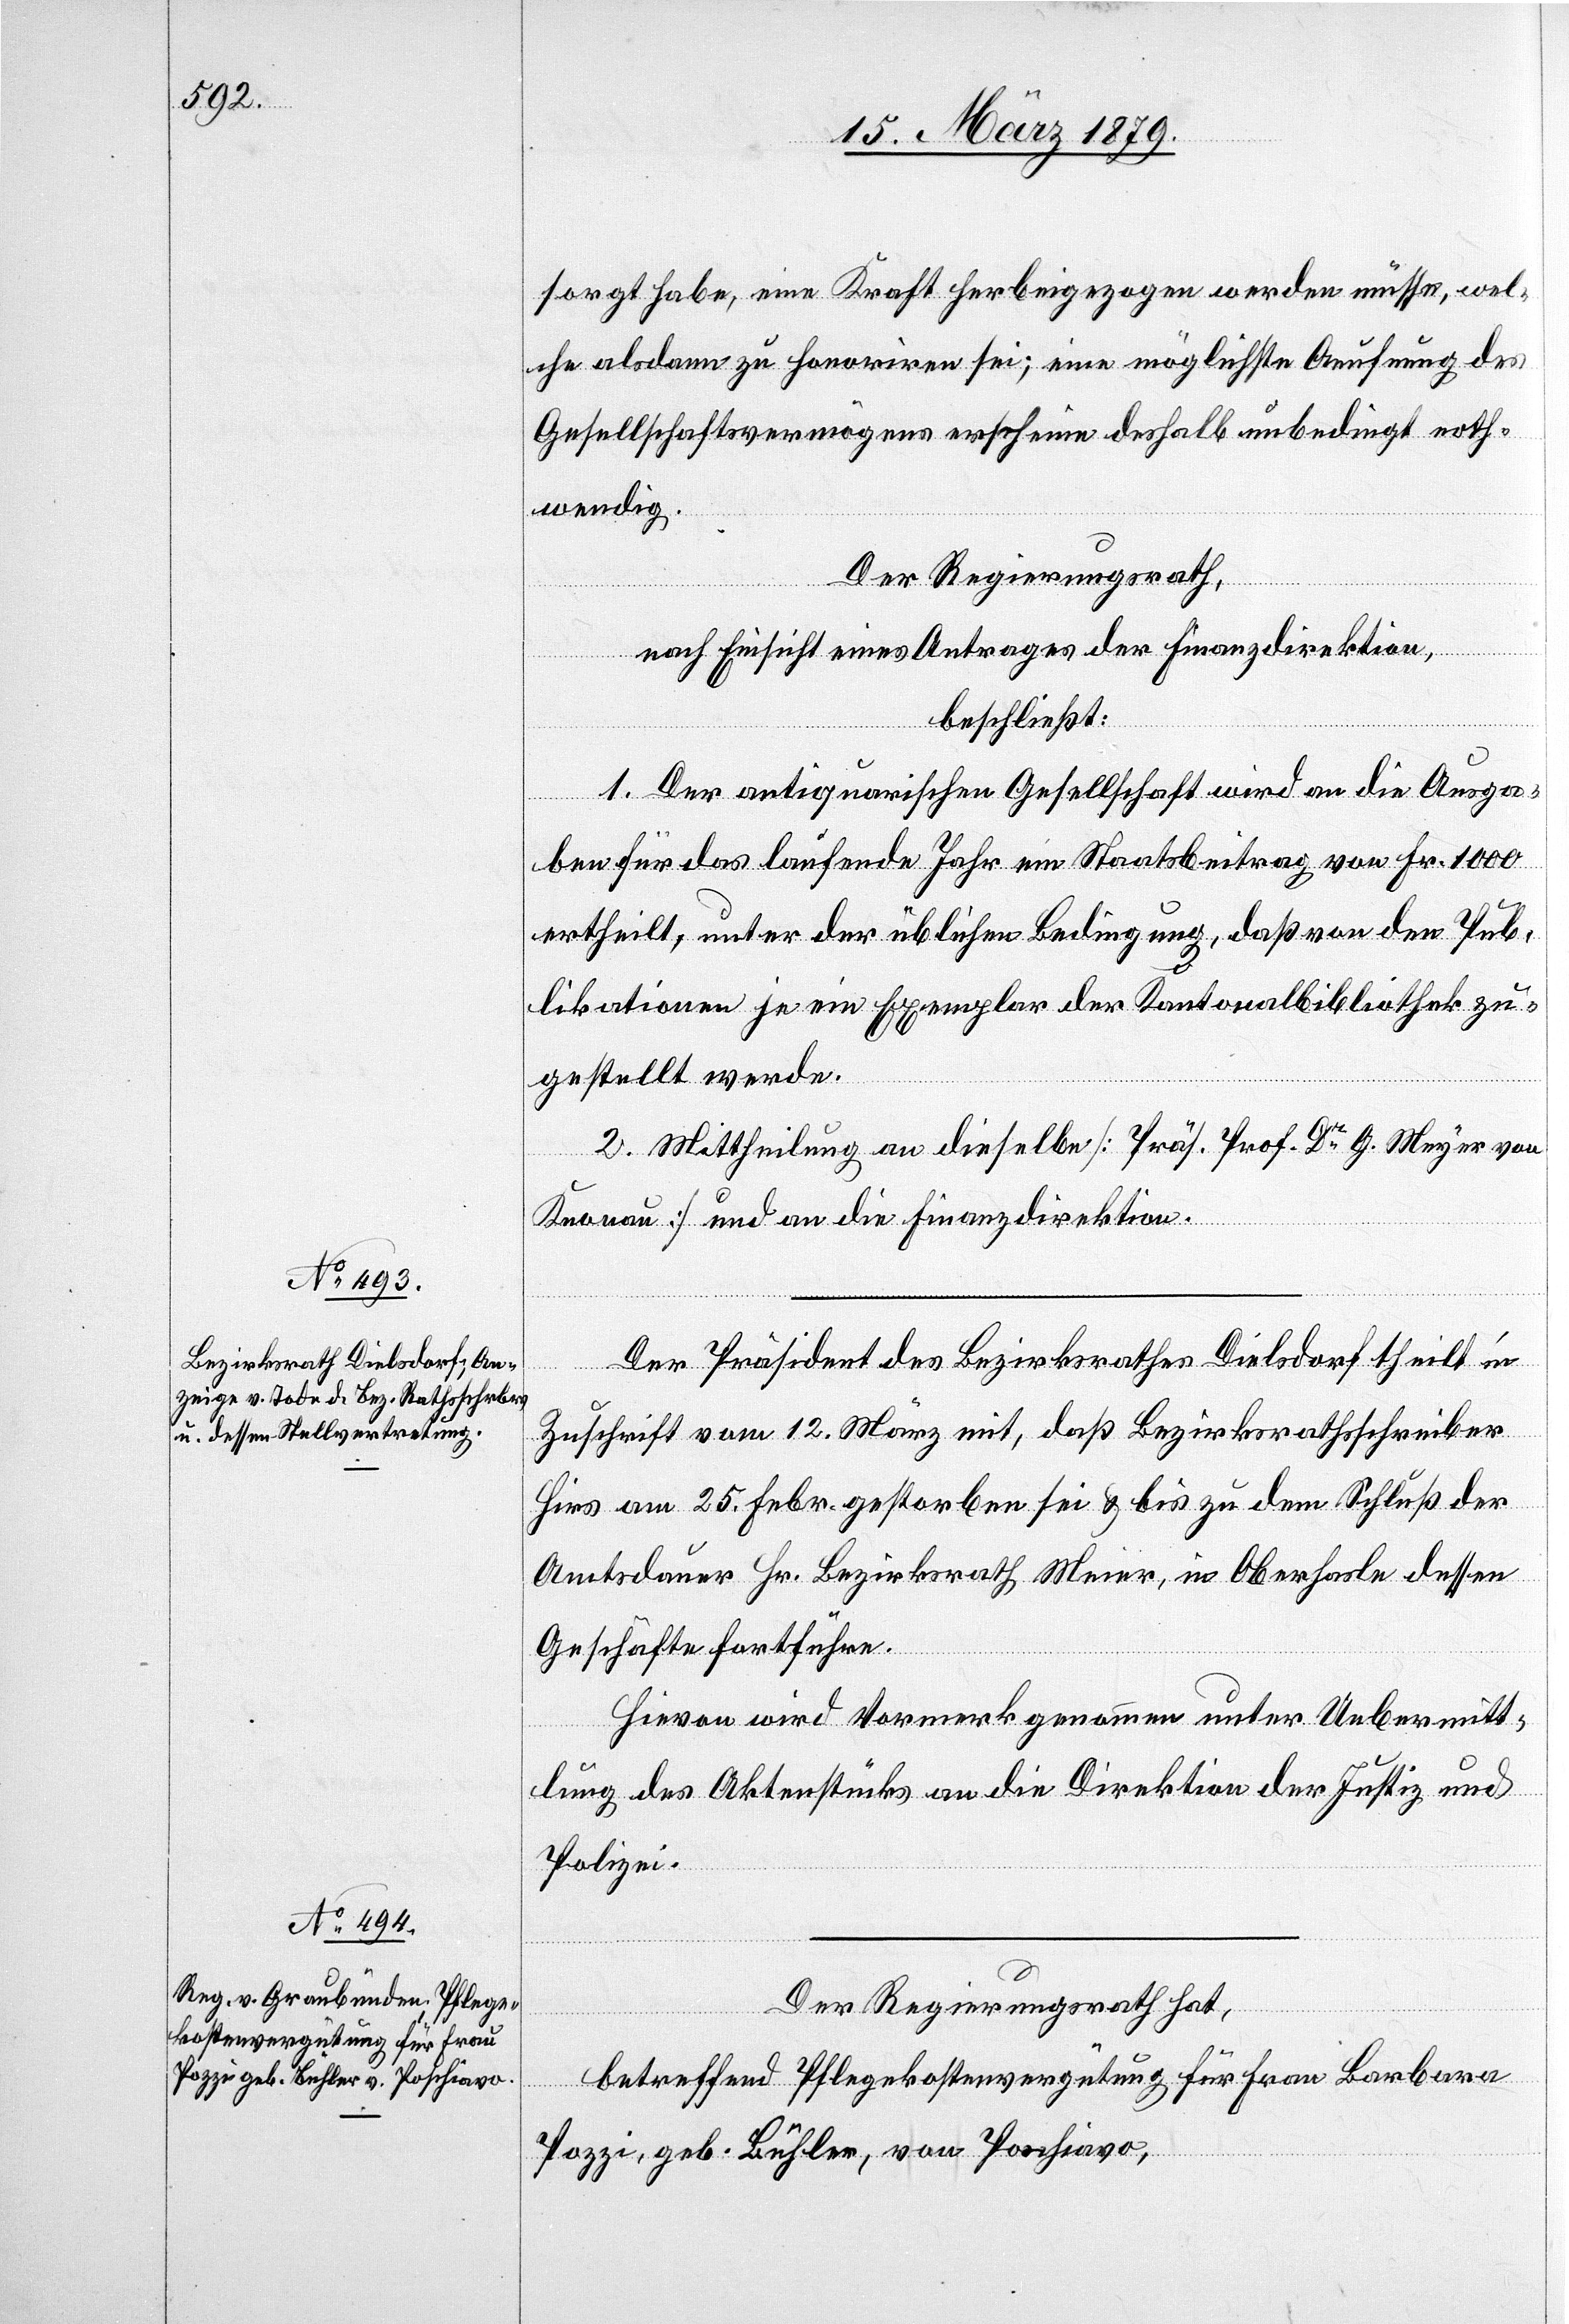
sorgt habe, eine Kraft herbeigezogen werden müsse, wel¬
che alsdann zu honoriren sei; eine möglichste Aeufnung des
Gesellschaftsvermögens erscheine deshalb unbedingt noth¬
wendig.
Der Regierungsrath,
nach Einsicht eines Antrages der Finanzdirektion,
beschließt:
1. Der antiquarischen Gesellschaft wird an die Ausga¬
ben für das laufende Jahr ein Staatsbeitrag von Fr. 1000
ertheilt, unter der üblichen Bedingung, daß von den Pub¬
likationen je ein Exemplar der Kantonsbibliothek zu¬
gestellt werde.
2. Mittheilung an dieselbe [Präs. Prof. Dr G. Meyer von
Knonau] und an die Finanzdirektion.
Der Präsident des Bezirksrathes Dielsdorf theilt in
Zuschrift vom 12. März mit, daß Bezirksrathsschreiber
Hirs am 25. Febr. gestorben sei & bis zu dem Schluß der
Amtsdauer Hr. Bezirksrath Meier, in Oberhasle dessen
Geschäfte fortführe.
Hievon wird Vormerk genommen unter Uebermitt¬
lung des Aktenstücks an die Direktion der Justiz &
Polizei.
Der Regierungsrath hat,
betreffend Pflegekostenvergütung für Frau Barbara
Pozzi, geb. Bühler, von Poschiavo,